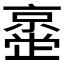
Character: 𫢂